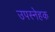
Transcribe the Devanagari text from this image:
उपस्नेहक